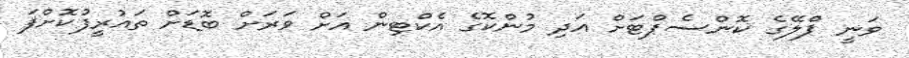
ވަނީ ޕްލޭގެ ކޮންސެޕްޓަށް އަދި މުންކޮގެ އެކްޓިން އަށް ވަރަށް ބޮޑަށް ތައުރީފުކޮށްފަ